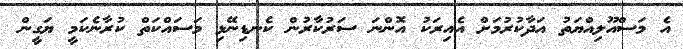
އެ މަސްއޫލިއްޔަތު އަދާކުރުމަށް އެއިރަކު އޮންނަ ސަރުކާރުން ކެނޑިނޭޅި މަސައްކަތް ކުރާނެކަމީ ޔަގީން